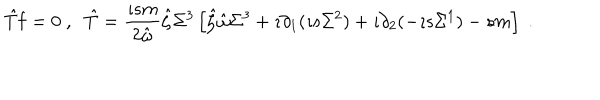
\hat { T } { \bf f } = 0 \; , \; \; \hat { T } = \frac { \imath s m } { 2 \hat { \omega } } \hat { \zeta } \Sigma ^ { 3 } \left[ \hat { \zeta } \hat { \omega } \Sigma ^ { 3 } + \imath \partial _ { 1 } ( \imath s \Sigma ^ { 2 } ) + \imath \partial _ { 2 } ( - \imath s \Sigma ^ { 1 } ) - s m \right] \; .